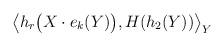
LaTeX: \begin{align*} \big\langle h_r\big(X\cdot e_k(Y)\big), H(h_2(Y)) \big\rangle_Y\end{align*}